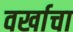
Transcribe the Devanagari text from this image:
वर्खाचा